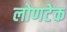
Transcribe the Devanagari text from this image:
लोणटेक